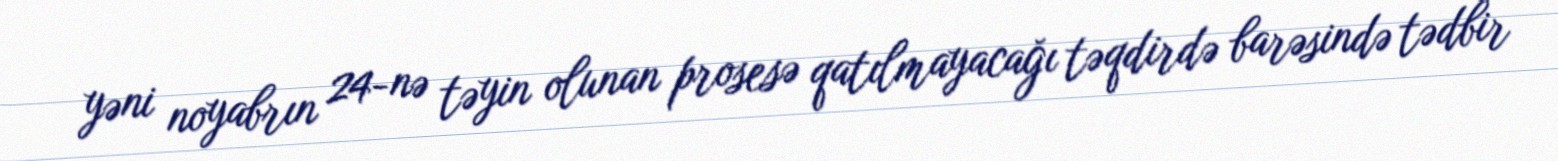
yəni noyabrın 24-nə təyin olunan prosesə qatılmayacağı təqdirdə barəsində tədbir